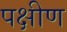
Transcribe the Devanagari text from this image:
पक्षीण